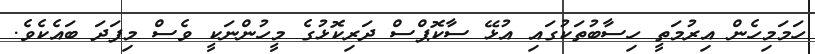
ހަމަމިހެން އިރުމަތީ ހިސާބުތަކުގައި އުޅޭ ސާކޮޕްސް ދަރިކޮޅުގެ މީހުންނަކީ ވެސް މިފަދަ ބައެކެވެ.